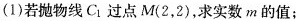
(1)若抛物线C_{1}过点M(2，2)，求实数m的值；